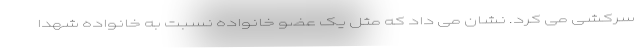
سرکشی می کرد. نشان می داد که مثل یک عضو خانواده نسبت به خانواده شهدا